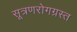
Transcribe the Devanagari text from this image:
सूत्रणरोगग्रस्त